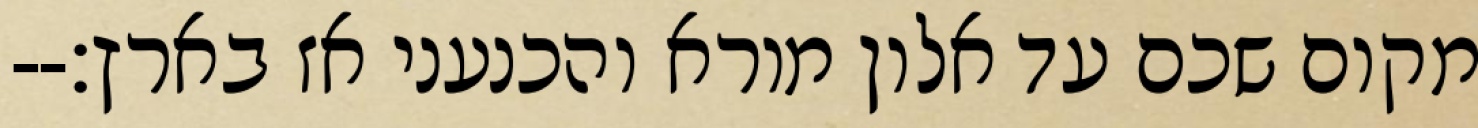
מקום שכם עד אלון מורא והכנעני אז בארץ׃--